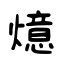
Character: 燱